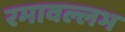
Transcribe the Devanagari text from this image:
रमावल्लभ